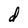
Character: d